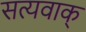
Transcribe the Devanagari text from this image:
सत्यवाक्‌